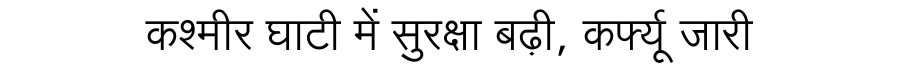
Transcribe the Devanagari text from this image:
कश्मीर घाटी में सुरक्षा बढ़ी, कर्फ्यू जारी